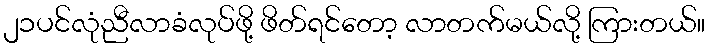
၂၁ပင်လုံညီလာခံလုပ်ဖို့ ဖိတ်ရင်တော့ လာတက်မယ်လို့ ကြားတယ်။